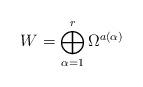
LaTeX: \begin{align*}W = \bigoplus_{\alpha=1}^r \Omega^{a(\alpha)} \end{align*}